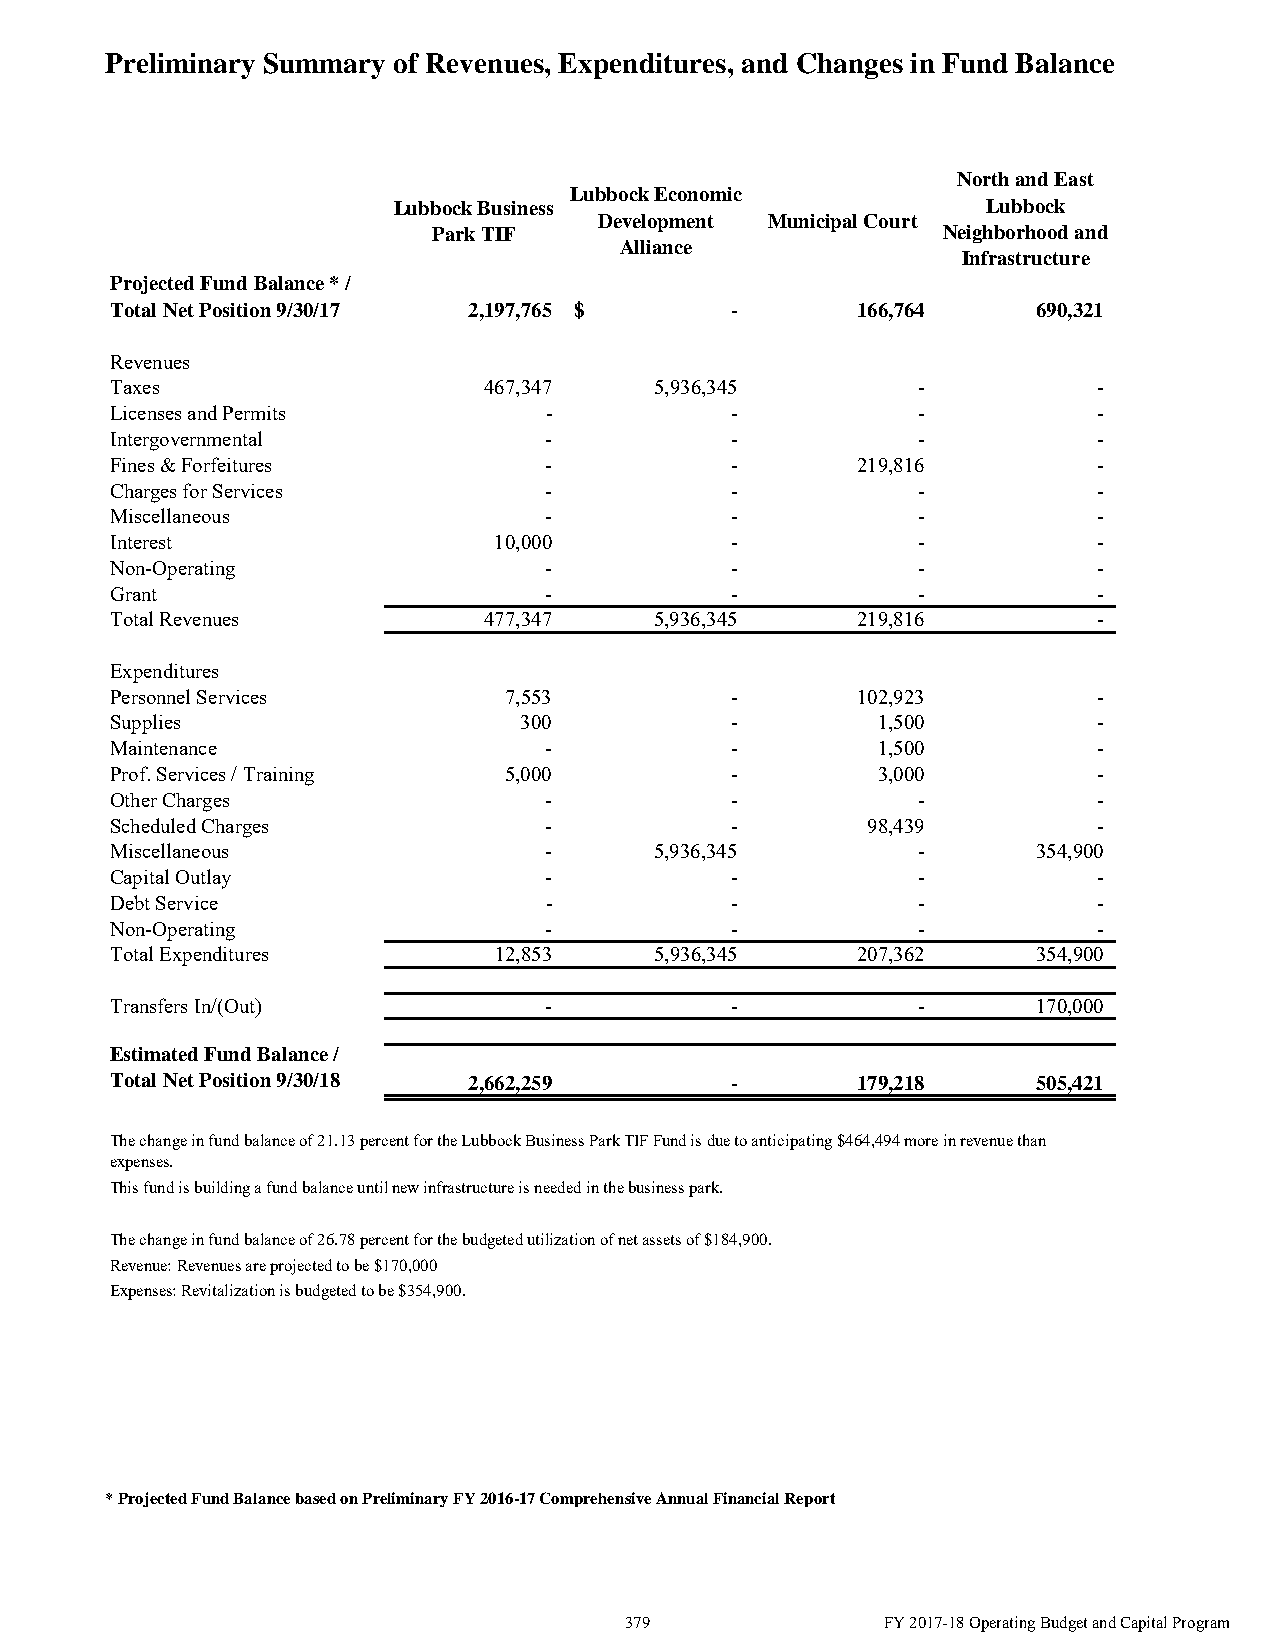
Preliminary Summary of Revenues, Expenditures, and Changes in Fund Balance
 North and East
 Lubbock Economic
 Lubbock Business                       Lubbock
 Development Municipal Court
 Park TIF                         Neighborhood and
 Alliance
 Infrastructure
 Projected Fund Balance * /
 Total Net Position 9/30/17 2 ,197,765 $  -        166,764     690,321
 Revenues
 Taxes                    467,347    5,936,345         -           -
 Licenses and Permits         -           -            -           -
 Intergovernmental            -           -            -           -
 Fines & Forfeitures          -           -        219,816         -
 Charges for Services         -           -            -           -
 Miscellaneous                -           -            -           -
 Interest                  10,000         -            -           -
 Non-Operating                -           -            -           -
 Grant                        -           -            -           -
 Total Revenues           477,347    5,936,345     219,816         -
 Expenditures
 Personnel Services        7,553          -        102,923         -
 Supplies                   300           -         1,500          -
 Maintenance                  -           -         1,500          -
 Prof. Services / Training 5,000          -         3,000          -
 Other Charges                -           -            -           -
 Scheduled Charges            -           -        98,439          -
 Miscellaneous                -      5,936,345         -       354,900
 Capital Outlay               -           -            -           -
 Debt Service                 -           -            -           -
 Non-Operating                -           -            -           -
 Total Expenditures        12,853    5,936,345     207,362     354,900
 Transfers In/(Out)           -           -            -       170,000
 Estimated Fund Balance /
 Total Net Position 9/30/18 2 ,662,259    -        179,218     505,421
 The change in fund balance of 21.13 percent for the Lubbock Business Park TIF Fund is due to anticipating $464,494 more in revenue than
 expenses.
 This fund is building a fund balance until new infrastructure is needed in the business park.
 The change in fund balance of 26.78 percent for the budgeted utilization of net assets of $184,900.
 Revenue: Revenues are projected to be $170,000
 Expenses: Revitalization is budgeted to be $354,900.
 *Projected Fund Balance based on Preliminary FY 2016-17 Comprehensive Annual Financial Report
 379               FY 2017-18 Operating Budget and Capital Program